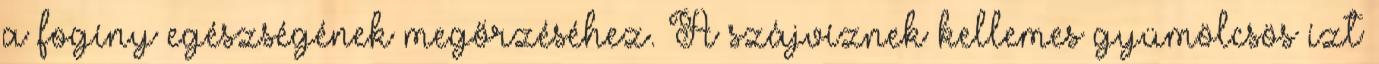
a fogíny egészségének megőrzéséhez. A szájvíznek kellemes gyümölcsös ízt